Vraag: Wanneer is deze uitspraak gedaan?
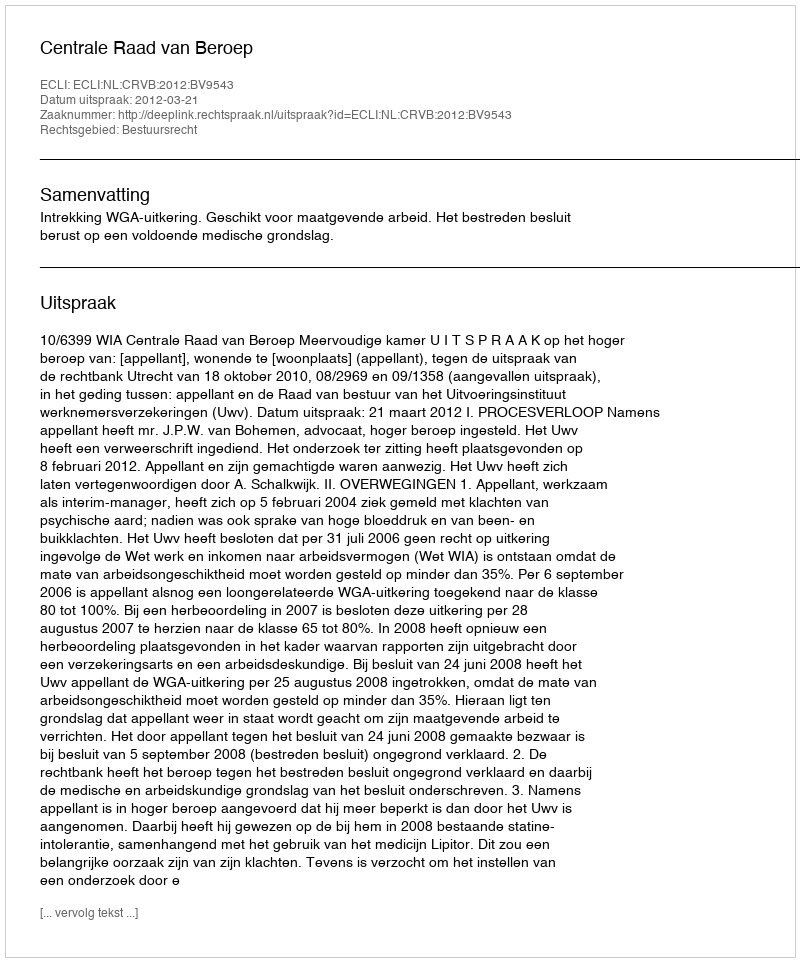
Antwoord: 2012-03-21